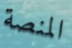
المنصة